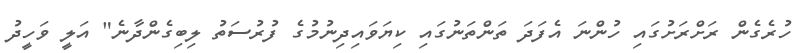
ހުރެގެން ރަށްރަށުގައި ހުންނަ އެފަދަ ތަންތަނުގައި ކިޔަވައިދިނުމުގެ ފުރުސަތު ލިބިގެންދާނެ" އަލީ ވަހީދު